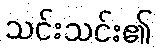
သင်းသင်း၏